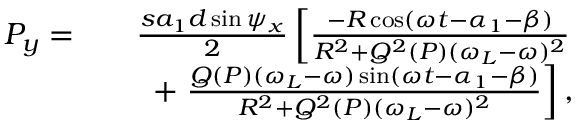
\begin{array} { r l r } { ~ P _ { y } = } & { } & { \frac { s a _ { 1 } d \sin \psi _ { x } } { 2 } \left[ \frac { - R \cos ( \omega t - \alpha _ { 1 } - \beta ) } { R ^ { 2 } + Q ^ { 2 } ( P ) ( \omega _ { L } - \omega ) ^ { 2 } } \right. } \\ & { } & { + \left. \frac { Q ( P ) ( \omega _ { L } - \omega ) \sin ( \omega t - \alpha _ { 1 } - \beta ) } { R ^ { 2 } + Q ^ { 2 } ( P ) ( \omega _ { L } - \omega ) ^ { 2 } } \right] , } \end{array}